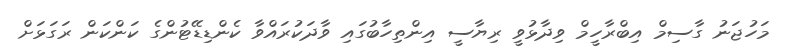
މަހުޖަނު ގާސިމް އިބްރާހީމް ވިދާޅުވީ ރިޔާސީ އިންތިހާބުގައި ވާދަކުރައްވާ ކެންޑިޑޭޓުންގެ ކަންކަން ރަގަޅަށް